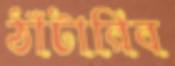
ঠাঁটারিব